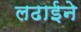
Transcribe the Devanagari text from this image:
लढाईने